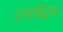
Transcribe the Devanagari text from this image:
दाससिद्धक